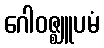
ဂေါဝဇ္ဈူပမံ